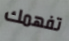
تفهمك